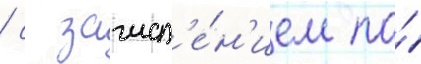
/ с зачисл'е́н'ием по́